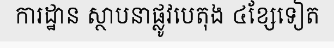
ការដ្ឋាន ស្ថាបនាផ្លូវបេតុង ៤ខ្សែទៀត